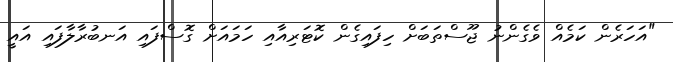
"އަހަރެން ކަމެއް ވެގެންނު ޖޫސްތަބަށް ހިފައިގެން ކޮޓަރިއާއި ހަމައަށް ގޮސްފައި އަނބުރާލާފައި އައީ